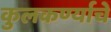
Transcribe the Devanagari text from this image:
कुलकर्ण्याचे